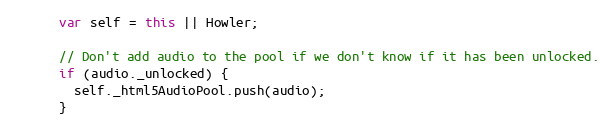
Language: JavaScript
      var self = this || Howler;

      // Don't add audio to the pool if we don't know if it has been unlocked.
      if (audio._unlocked) {
        self._html5AudioPool.push(audio);
      }